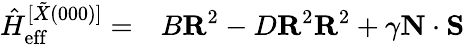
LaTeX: \begin{array}{rl}{\hat{H}_{\mathrm{eff}}^{[\tilde{X}(000)]}=}&{{}B\textbf{R}^{2}-D\textbf{R}^{2}\textbf{R}^{2}+\gamma\textbf{N}\cdot\textbf{S}}\end{array}